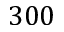
3 0 0